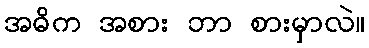
အဓိက အစား ဘာ စားမှာလဲ။